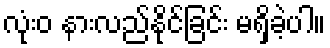
လုံးဝ နားလည်နိုင်ခြင်း မရှိခဲ့ပါ။